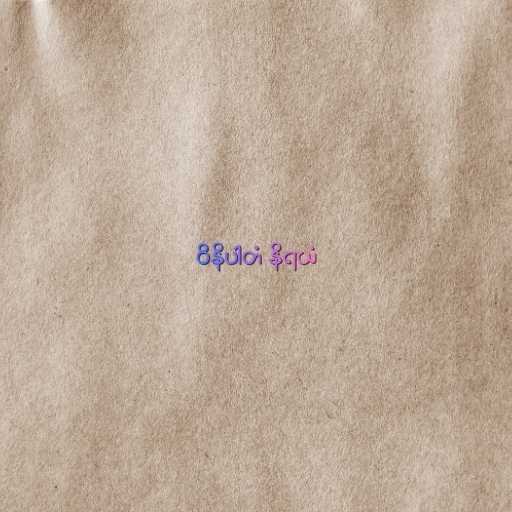
ဝိနိပါတံ နိရယံ